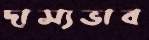
দাস্যভাব